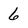
Character: 6